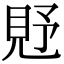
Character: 𧠐